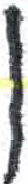
אות: ס